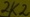
Text: 2K2